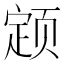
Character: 𬱫